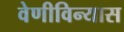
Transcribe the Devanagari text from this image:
वेणीविन्यास